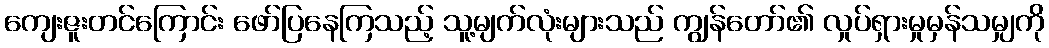
ကျေးဇူးတင်ကြောင်း ဖော်ပြနေကြသည့် သူ့မျက်လုံးများသည် ကျွန်တော်၏ လှုပ်ရှားမှုမှန်သမျှကို